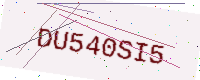
Text: DU540SI5